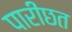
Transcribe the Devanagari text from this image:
पारीछत